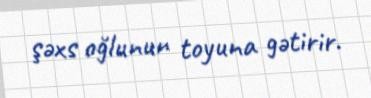
şəxs oğlunun toyuna gətirir.